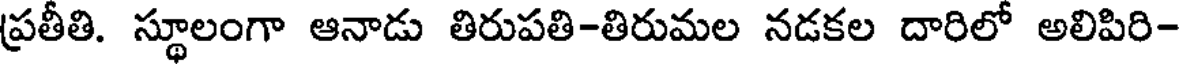
ప్రతీతి. స్థూలంగా ఆనాడు తిరుపతి-తిరుమల నడకల దారిలో అలిపిరి-